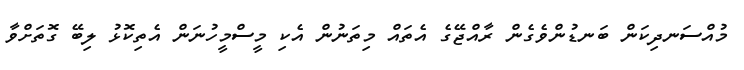
މުއްސަނދިކަން ބަނޑުންވެގެން ރާއްޖޭގެ އެތައް މިތަނުން އެކި މީސްމީހުނަން އެތިކޮޅު ލިބޭ ގޮތަށްވާ